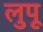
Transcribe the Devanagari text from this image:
लुपू